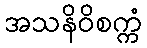
အသနိဝိစက္ကံ